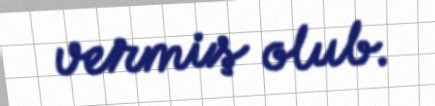
vermiş olub.